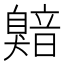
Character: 𬛯